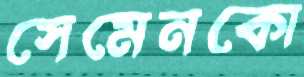
সেমেনকো